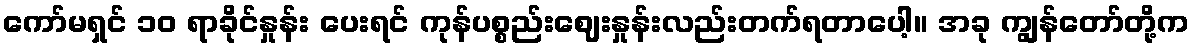
ကော်မရှင် ၁၀ ရာခိုင်နှုန်း ပေးရင် ကုန်ပစ္စည်းဈေးနှုန်းလည်းတက်ရတာပေါ့။ အခု ကျွန်တော်တို့က